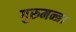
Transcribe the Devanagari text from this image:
गुरुमन्त्र।